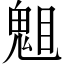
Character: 𱳆